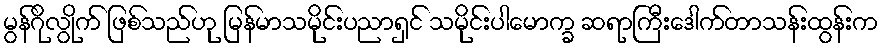
မွန်ဂိုလွိုက် ဖြစ်သည်ဟု မြန်မာသမိုင်းပညာရှင် သမိုင်းပါမောက္ခ ဆရာကြီးဒေါက်တာသန်းထွန်းက